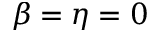
\beta = \eta = 0